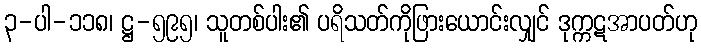
၃-ပါ-၁၁၈၊ ဋ္ဌ-၅၉၅၊ သူတစ်ပါး၏ ပရိသတ်ကိုဖြားယောင်းလျှင် ဒုက္ကဋအာပတ်ဟု